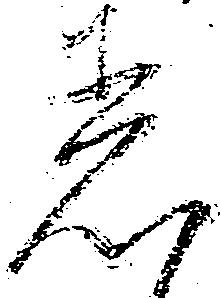
着